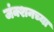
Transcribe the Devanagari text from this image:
जंक्शनच्या